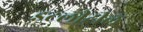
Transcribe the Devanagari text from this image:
इटलीटील